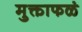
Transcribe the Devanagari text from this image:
मुक्ताफळं